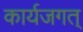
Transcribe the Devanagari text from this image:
कार्यजगत्